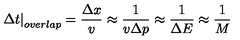
\left. { \Delta t } \right| _ { o v e r l a p } = { \frac { \Delta x } { v } } \approx { \frac { 1 } { v \Delta p } } \approx { \frac { 1 } { \Delta E } } \approx { \frac { 1 } { M } }